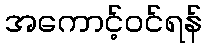
အကောင့်ဝင်ရန်